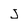
Character: J